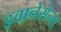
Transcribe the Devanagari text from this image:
इवानेसेन्स